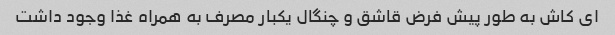
ای کاش به طور پیش فرض قاشق و چنگال یکبار مصرف به همراه غذا وجود داشت